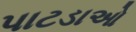
પાટડાઓ